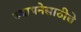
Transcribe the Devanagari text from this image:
स्थापनेसाठीचे